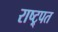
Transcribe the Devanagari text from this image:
राष्ट्र्पत